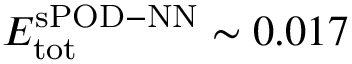
E _ { \mathrm { t o t } } ^ { \mathrm { s P O D - N N } } \sim 0 . 0 1 7